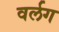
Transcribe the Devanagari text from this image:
वर्लग